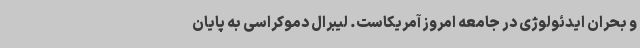
و بحران ایدئولوژی در جامعه امروز آمریکاست. لیبرال دموکراسی به پایان